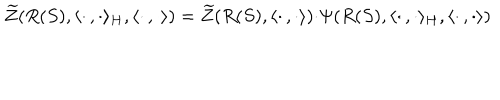
\widetilde { Z } ( R ( S ) , \langle \cdot \, , \cdot \rangle _ { H } , \langle \cdot \, , \cdot \rangle ) = \widetilde { Z } ( R ( S ) , \langle \cdot \, , \cdot \rangle ) { \cdot } \Psi ( R ( S ) , \langle \cdot \, , \cdot \rangle _ { H } , \langle \cdot \, , \cdot \rangle )